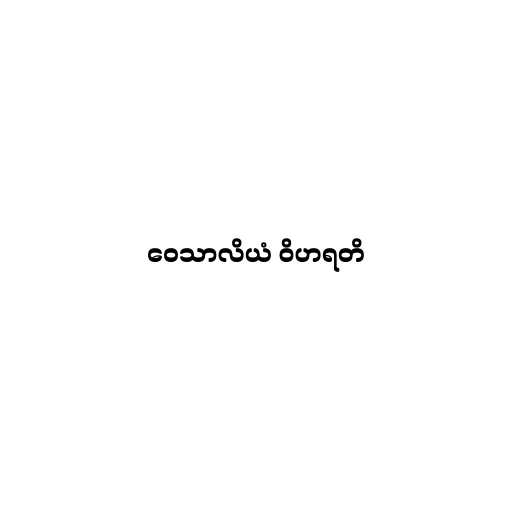
ဝေသာလိယံ ဝိဟရတိ